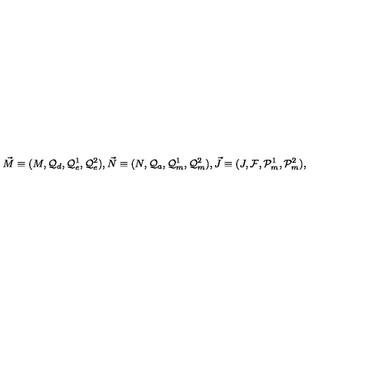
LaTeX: \vec { M } \equiv ( M , { \cal Q } _ { d } , { \cal Q } _ { e } ^ { 1 } , { \cal Q } _ { e } ^ { 2 } ) , \vec { N } \equiv ( N , { \cal Q } _ { a } , { \cal Q } _ { m } ^ { 1 } , { \cal Q } _ { m } ^ { 2 } ) , \vec { J } \equiv ( J , { \cal F } , { \cal P } _ { m } ^ { 1 } , { \cal P } _ { m } ^ { 2 } ) ,